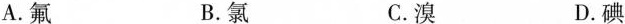
A.氟 B.氯 C.溴 D.碘